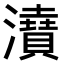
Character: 𤃋